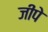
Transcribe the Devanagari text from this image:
जीपे